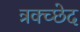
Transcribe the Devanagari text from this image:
त्रक्च्छेद